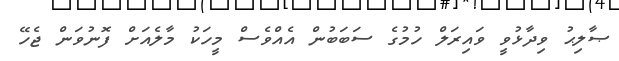
ޞާލިޙު ވިދާޅުވީ ވައިރަލް ހުމުގެ ސަބަބުން އެއްވެސް މީހަކު މާލެއަށް ފޮނުވަން ޖެހޭ